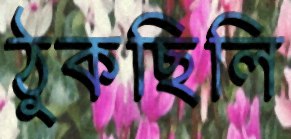
ঠুকছিলি